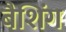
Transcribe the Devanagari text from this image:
बैशिंग